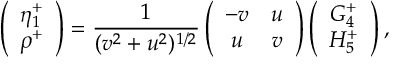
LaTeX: \left( \begin{array} { c } { { \eta _ { 1 } ^ { + } } } \\ { { \rho ^ { + } } } \end{array} \right) = \frac { 1 } { ( v ^ { 2 } + u ^ { 2 } ) ^ { 1 / 2 } } \left( \begin{array} { c c } { { - v } } & { { u } } \\ { { u } } & { { v } } \end{array} \right) \left( \begin{array} { c } { { G _ { 4 } ^ { + } } } \\ { { H _ { 5 } ^ { + } } } \end{array} \right) ,